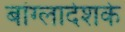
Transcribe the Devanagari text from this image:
बांग्लादेशके